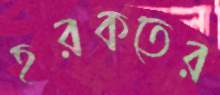
হরকতের